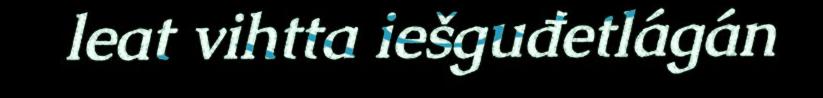
leat vihtta iešguđetlágán